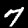
Digit: 7